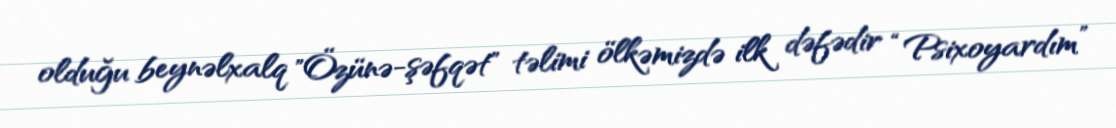
olduğu beynəlxalq "Özünə-şəfqət" təlimi ölkəmizdə ilk dəfədir “Psixoyardım”